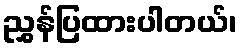
ညွှန်ပြထားပါတယ်၊